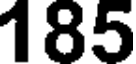
185